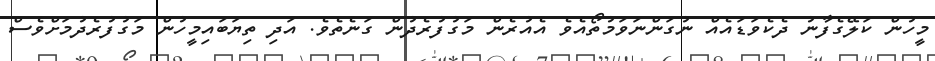
މީހުން ކަލޭގެފާނު ދެކެވަޑައެއް ނުގަންނަވަމުތޯއެވެ އެއުރެން މަގުފުރެދުން ގަނެތެވެ. އަދި ތިޔަބައިމީހުން މަގުފުރެދުމަށްވެސް